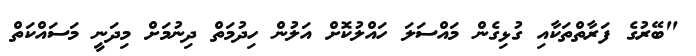
"ބޭރުގެ ފަރާތްތަކާއި ގުޅިގެން މައްސަލަ ހައްލުކޮށް އަލުން ހިދުމަތް ދިނުމަށް މިދަނީ މަސައްކަތް